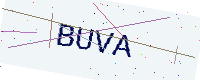
Text: BUVA